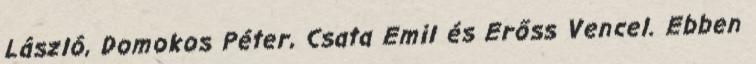
László, Domokos Péter, Csata Emil és Erőss Vencel. Ebben